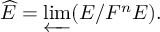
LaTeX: { \widehat { E } } = \varprojlim ( E / F ^ { n } E ) .